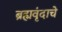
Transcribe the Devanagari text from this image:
ब्रह्मवृंदाचे